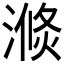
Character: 𱨕